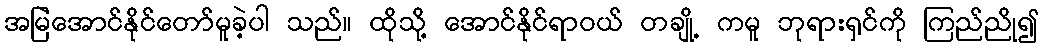
အမြဲအောင်နိုင်တော်မူခဲ့ပါ သည်။ ထိုသို့ အောင်နိုင်ရာဝယ် တချို့ ကမူ ဘုရားရှင်ကို ကြည်ညို၍